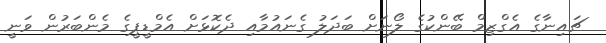
ޗައިނާގެ އެގްޒިމް ބޭންކުގެ ލޯނަށް ބަދަލު ގެނައުމާއި ދެކޮޅަށް އެމްޑީޕީގެ މެންބަރުން ވަނީ